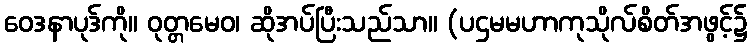
ဝေဒနာပုဒ်ကို။ ဝုတ္တမေဝ၊ ဆိုအပ်ပြီးသည်သာ။ (ပဌမမဟာကုသိုလ်စိတ်အဖွင့်၌